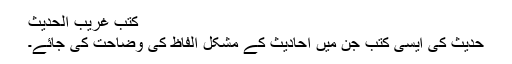
کتب غریب الحدیث
حدیث کی ایسی کتب جن میں احادیث کے مشکل الفاظ کی وضاحت کی جائے۔